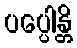
ပပ္ပေါန္တိ